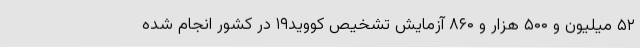
۵۲ میلیون و ۵۰۰ هزار و ۸۶۰ آزمایش تشخیص کووید۱۹ در کشور انجام شده